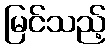
မြင်သည့်